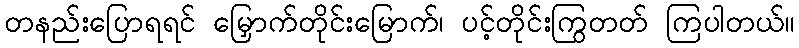
တနည်းပြောရရင် မြှောက်တိုင်းမြောက်၊ ပင့်တိုင်းကြွတတ် ကြပါတယ်။